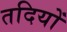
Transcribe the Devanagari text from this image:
तदियों